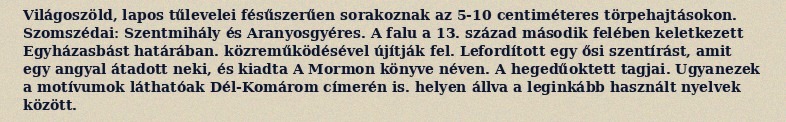
Világoszöld, lapos tűlevelei fésűszerűen sorakoznak az 5-10 centiméteres törpehajtásokon. Szomszédai: Szentmihály és Aranyosgyéres. A falu a 13. század második felében keletkezett Egyházasbást határában. közreműködésével újítják fel. Lefordított egy ősi szentírást, amit egy angyal átadott neki, és kiadta A Mormon könyve néven. A hegedűoktett tagjai. Ugyanezek a motívumok láthatóak Dél-Komárom címerén is. helyen állva a leginkább használt nyelvek között.